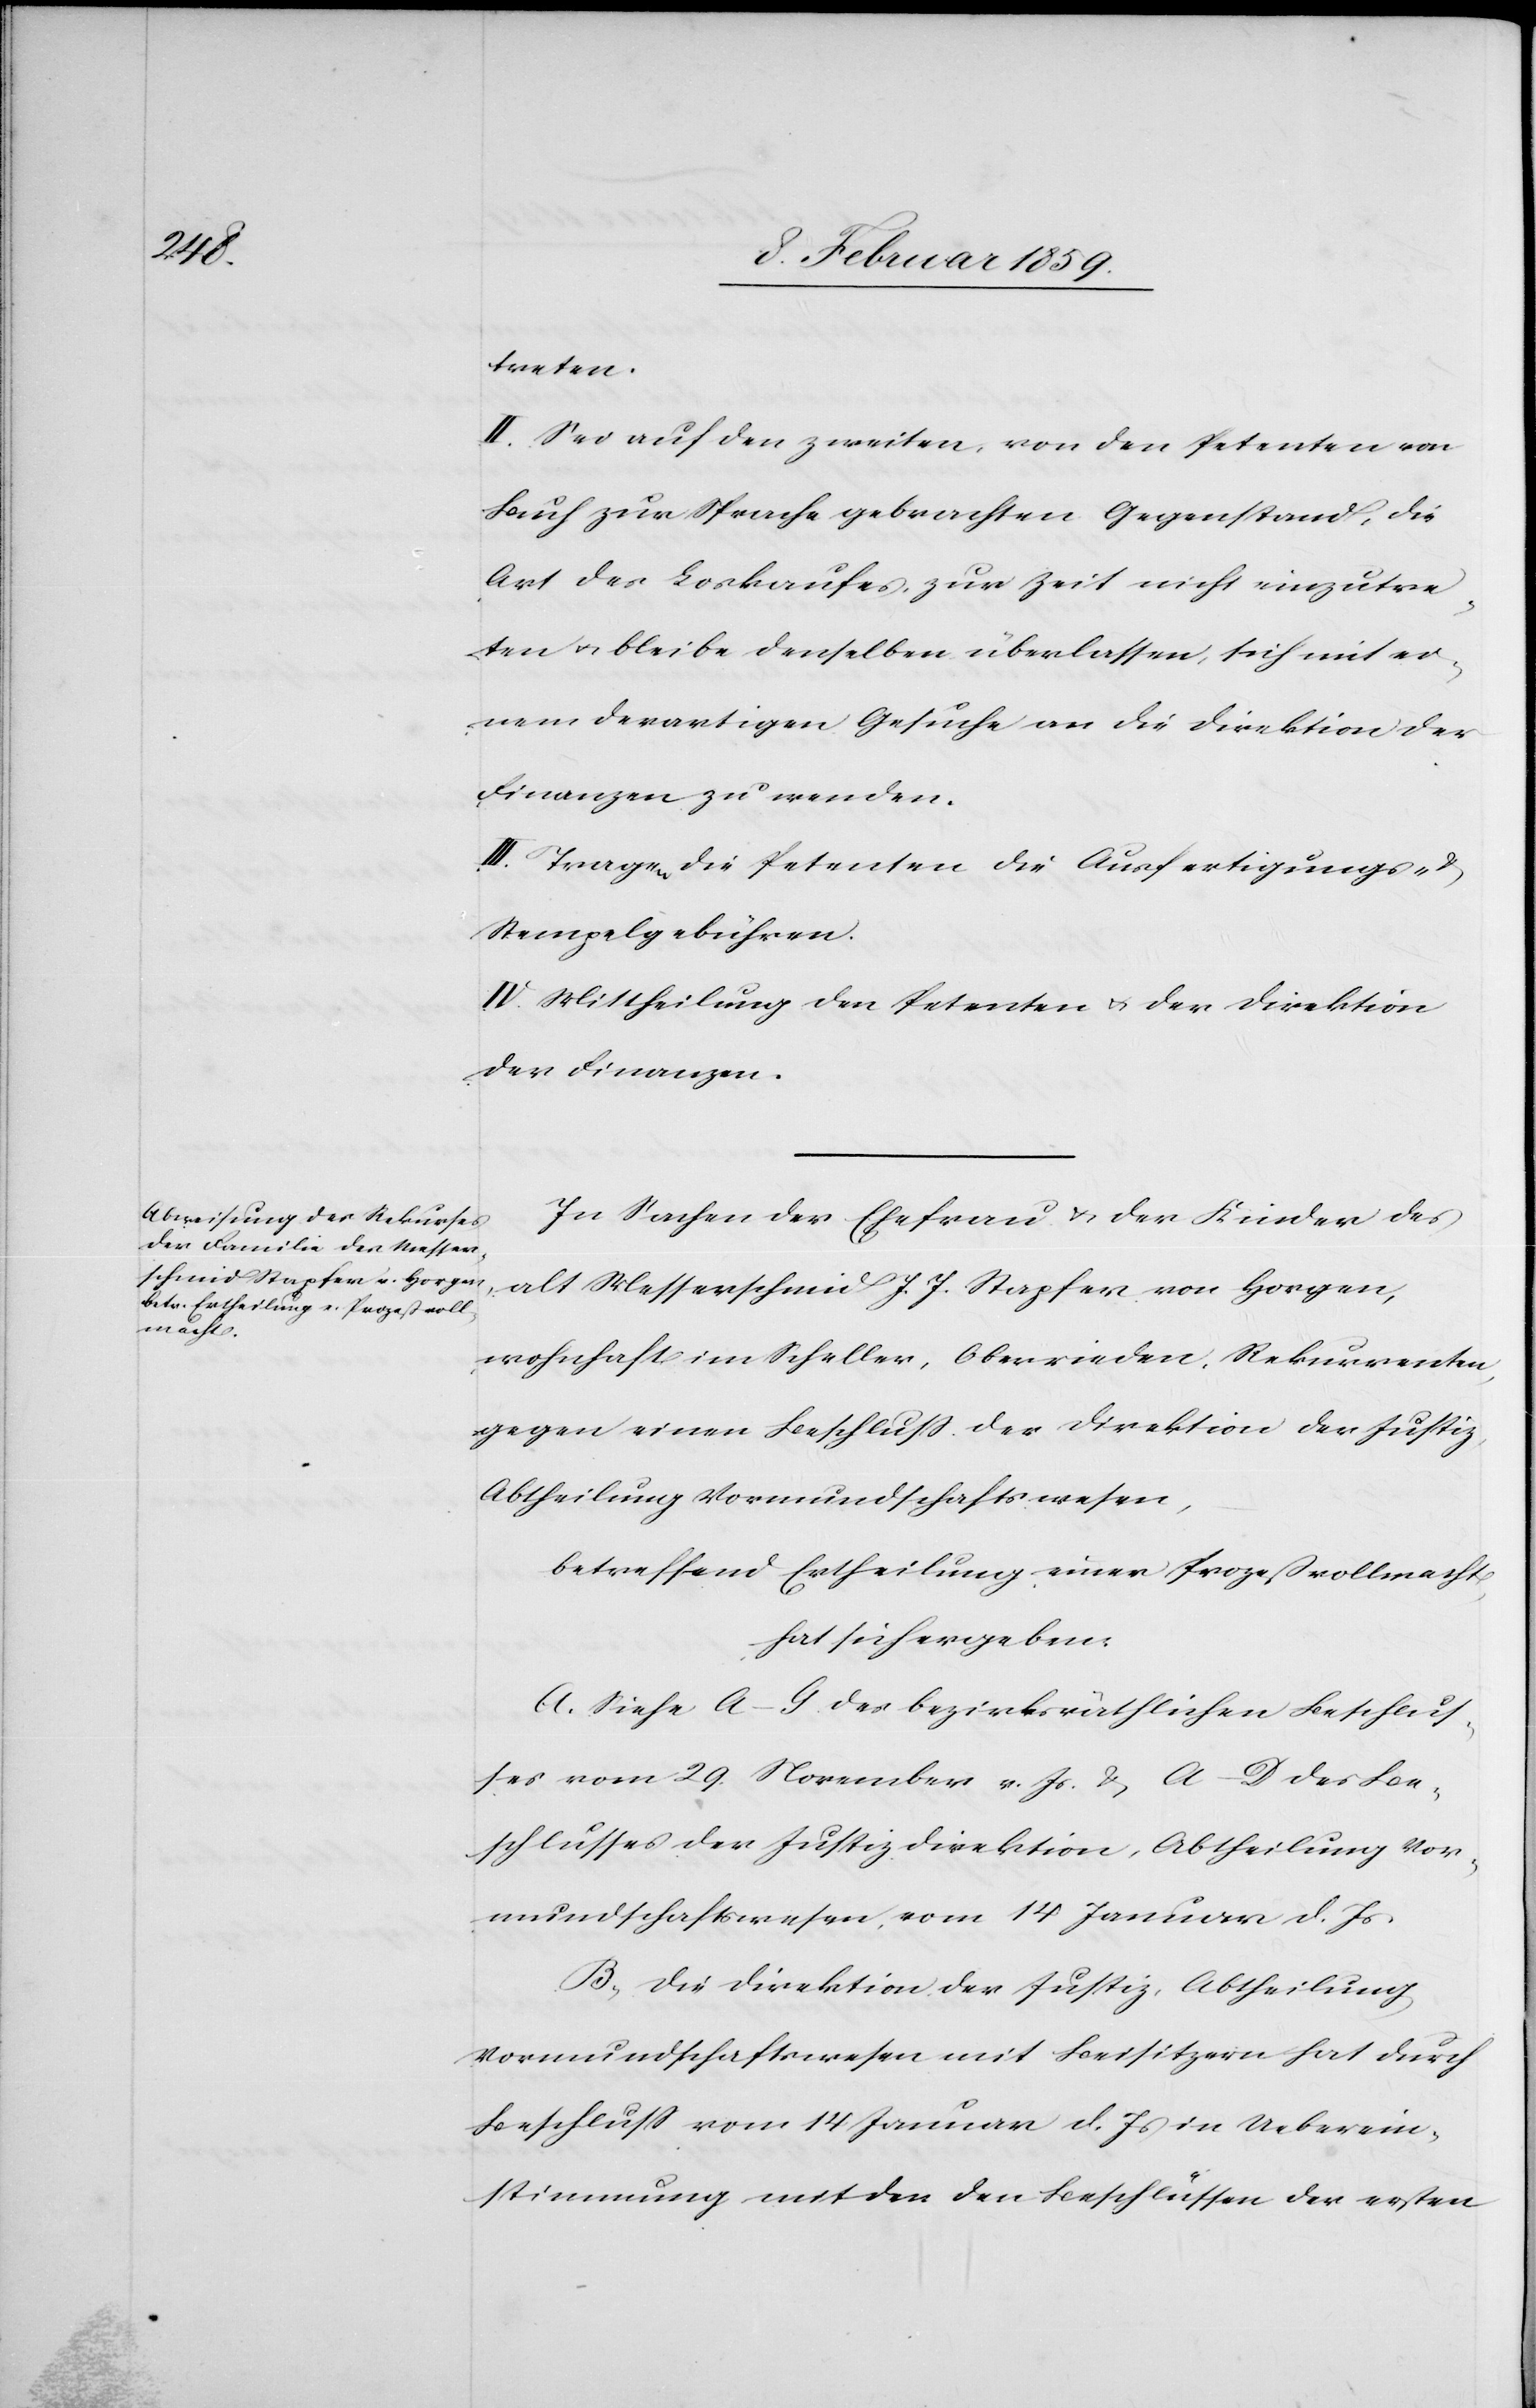
treten.
II. Sei auf den zweiten, von den Petenten von
Buch zur Sprache gebrachten Gegenstand, die
Art des Loskaufes, zur Zeit nicht einzutre¬
ten u. bleibe denselben überlassen, sich mit ei¬
nem derartigen Gesuche an die Direktion der
Finanzen zu wenden.
III. Tragen die Petenten die Ausfertigungs- &
Stempelgebühren.
IV. Mittheilung den Petenten u. der Direktion
der Finanzen.
In Sachen der Ehefrau u. der Kinder des
alt Messerschmid J. J. Stapfer von Horgen,
wohnhaft im Scheller, Oberrieden, Rekurrenten,
gegen einen Beschluß der Direktion der Justiz,
Abtheilung Vormundschaftswesen,
betreffend Ertheilung einer Prozeßvollmacht,
hat sich ergeben:
A. Siehe A–G. des bezirksräthlichen Beschlus¬
ses vom 29. November v. Js. & A–D des Be¬
schlusses der Justizdirektion, Abtheilung Vor¬
mundschaftswesen, vom 14 Januar d. Js.
B. Die Direktion der Justiz, Abtheilung
Vormundschaftswesen mit Beisitzern hat durch
Beschluß vom 14 Januar d. Js. in Ueberein¬
stimmung mit den den Beschlüssen der ersten